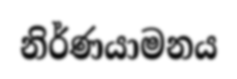
නිර්ණයාමනය